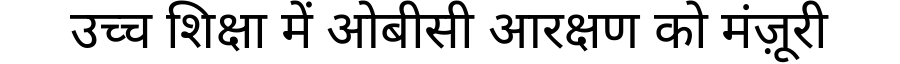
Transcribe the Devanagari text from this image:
उच्च शिक्षा में ओबीसी आरक्षण को मंज़ूरी